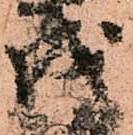
成